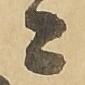
ニ